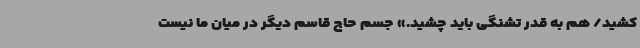
کشید/ هم به قدر تشنگی باید چشید.» جسم حاج قاسم دیگر در میان ما نیست